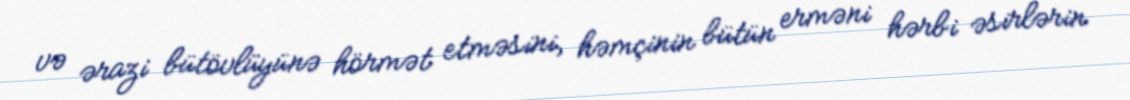
və ərazi bütövlüyünə hörmət etməsini, həmçinin bütün erməni hərbi əsirlərin